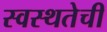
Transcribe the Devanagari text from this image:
स्वस्थतेची